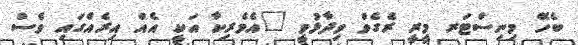
ބެހޭ މިނިސްޓަރ މީރީ ރެގެވް ވިދާޅުވީ "އެމެރިކާ އަކީ އެއް އިރެއްގައި ވެސް